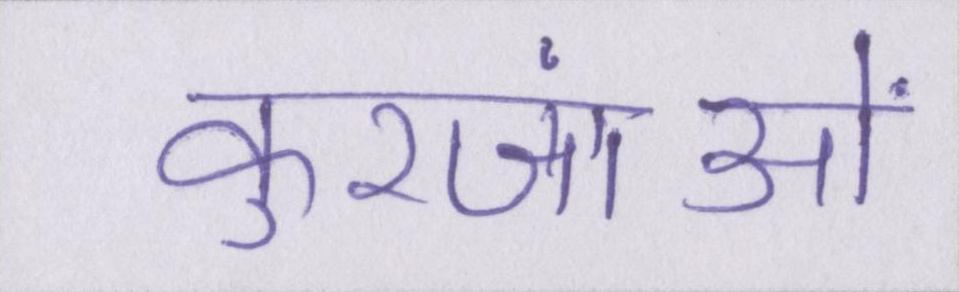
कुरजांओं